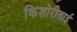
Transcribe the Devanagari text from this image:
किशोरीताई